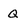
Character: Q